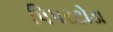
પિપરટોડા